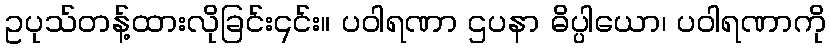
ဥပုသ်တန့်ထားလိုခြင်း၎င်း။ ပဝါရဏာ ဌပနာ ဓိပ္ပါယော၊ ပဝါရဏာကို